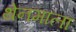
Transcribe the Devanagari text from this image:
थेनमाला